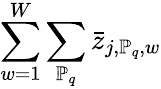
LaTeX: \sum_{w=1}^{W}\sum_{\mathbb{P}_{q}}\bar{z}_{j,\mathbb{P}_{q},w}